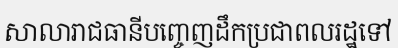
សាលារាជធានីបញ្ចេញដឹកប្រជាពលរដ្ឋទៅ